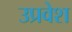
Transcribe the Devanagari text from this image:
उप्रवेश